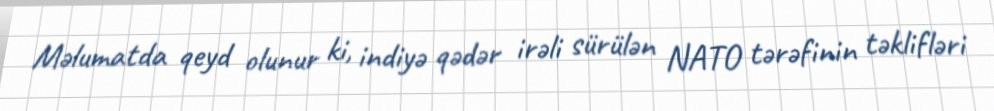
Məlumatda qeyd olunur ki, indiyə qədər irəli sürülən NATO tərəfinin təklifləri